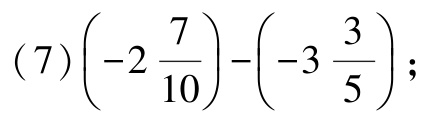
\((7)\left(-2\frac{7}{10}\right)-\left(-3\frac{3}{5}\right);\)